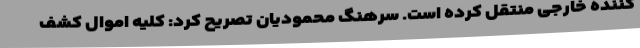
کننده خارجی منتقل کرده است. سرهنگ محمودیان تصریح کرد: کلیه اموال کشف